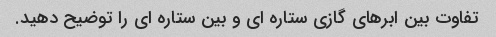
تفاوت بین ابرهای گازی ستاره ای و بین ستاره ای را توضیح دهید.